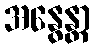
အနွေန္တာ